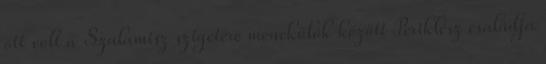
ott volt a Szalamisz szigetére menekülők között Periklész családja